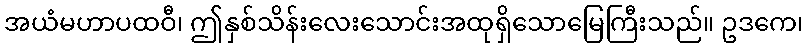
အယံမဟာပထဝီ၊ ဤနှစ်သိန်းလေးသောင်းအထုရှိသောမြေကြီးသည်။ ဥဒကေ၊